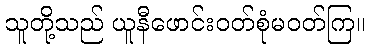
သူတို့သည် ယူနီဖောင်းဝတ်စုံမဝတ်ကြ။